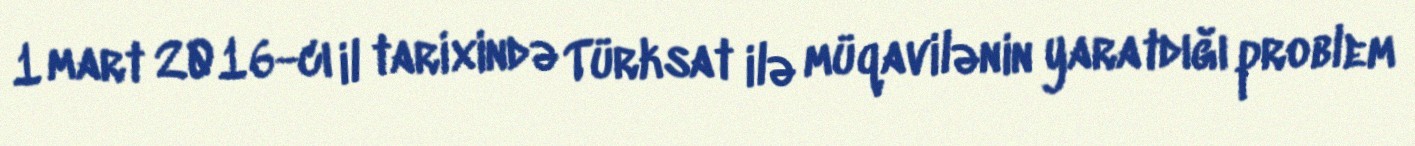
1 mart 2016-cı il tarixində Türksat ilə müqavilənin yaratdığı problem